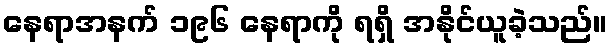
နေရာအနက် ၁၉၆ နေရာကို ရရှိ အနိုင်ယူခဲ့သည်။